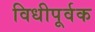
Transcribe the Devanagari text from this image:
विधीपूर्वक